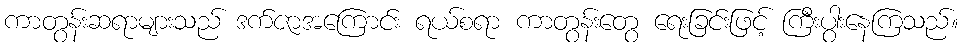
ကာတွန်းဆရာများသည် ဒက်ဇာအကြောင်း ရယ်စရာ ကာတွန်းတွေ ရေးခြင်းဖြင့် ကြီးပွါးနေကြသည်။